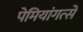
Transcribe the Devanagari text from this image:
पेमियांगत्से